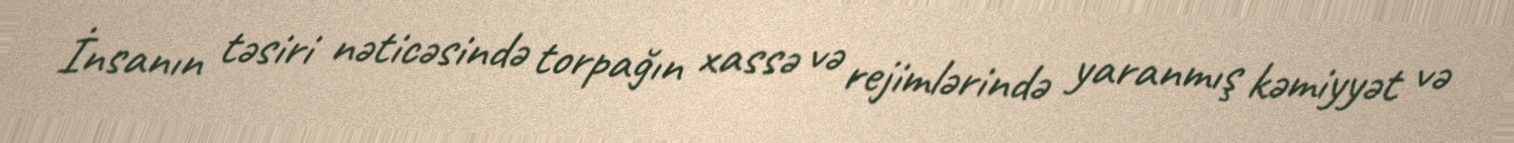
İnsanın təsiri nəticəsində torpağın xassə və rejimlərində yaranmış kəmiyyət və